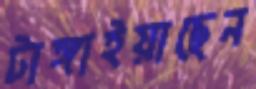
টাঙ্গাইয়াছেন